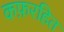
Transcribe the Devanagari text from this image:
कफ़रहित